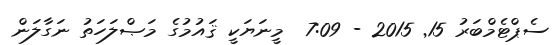
ސެޕްޓެމްބަރު 15